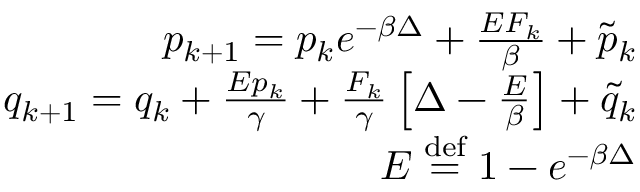
\begin{array} { r } { p _ { k + 1 } = p _ { k } e ^ { - \beta \Delta } + \frac { E F _ { k } } { \beta } + \tilde { p } _ { k } } \\ { q _ { k + 1 } = q _ { k } + \frac { E p _ { k } } { \gamma } + \frac { F _ { k } } { \gamma } \left[ \Delta - \frac { E } { \beta } \right] + \tilde { q } _ { k } } \\ { E \stackrel { \mathrm { d e f } } { = } 1 - e ^ { - \beta \Delta } } \end{array}